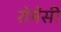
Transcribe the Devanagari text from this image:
रोमेंसी